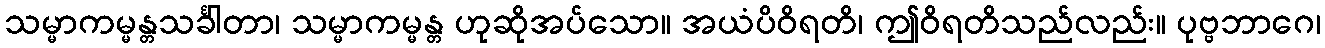
သမ္မာကမ္မန္တသင်္ခါတာ၊ သမ္မာကမ္မန္တ ဟုဆိုအပ်သော။ အယံပိဝိရတိ၊ ဤဝိရတိသည်လည်း။ ပုဗ္ဗဘာဂေ၊